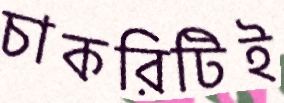
চাকরিটিই